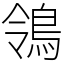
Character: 鴒